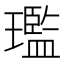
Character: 璼